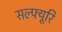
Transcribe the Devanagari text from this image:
सल्फ्यूरि